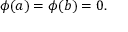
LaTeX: \phi ( a ) = \phi ( b ) = 0 .